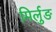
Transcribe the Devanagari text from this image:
मिर्लुङ